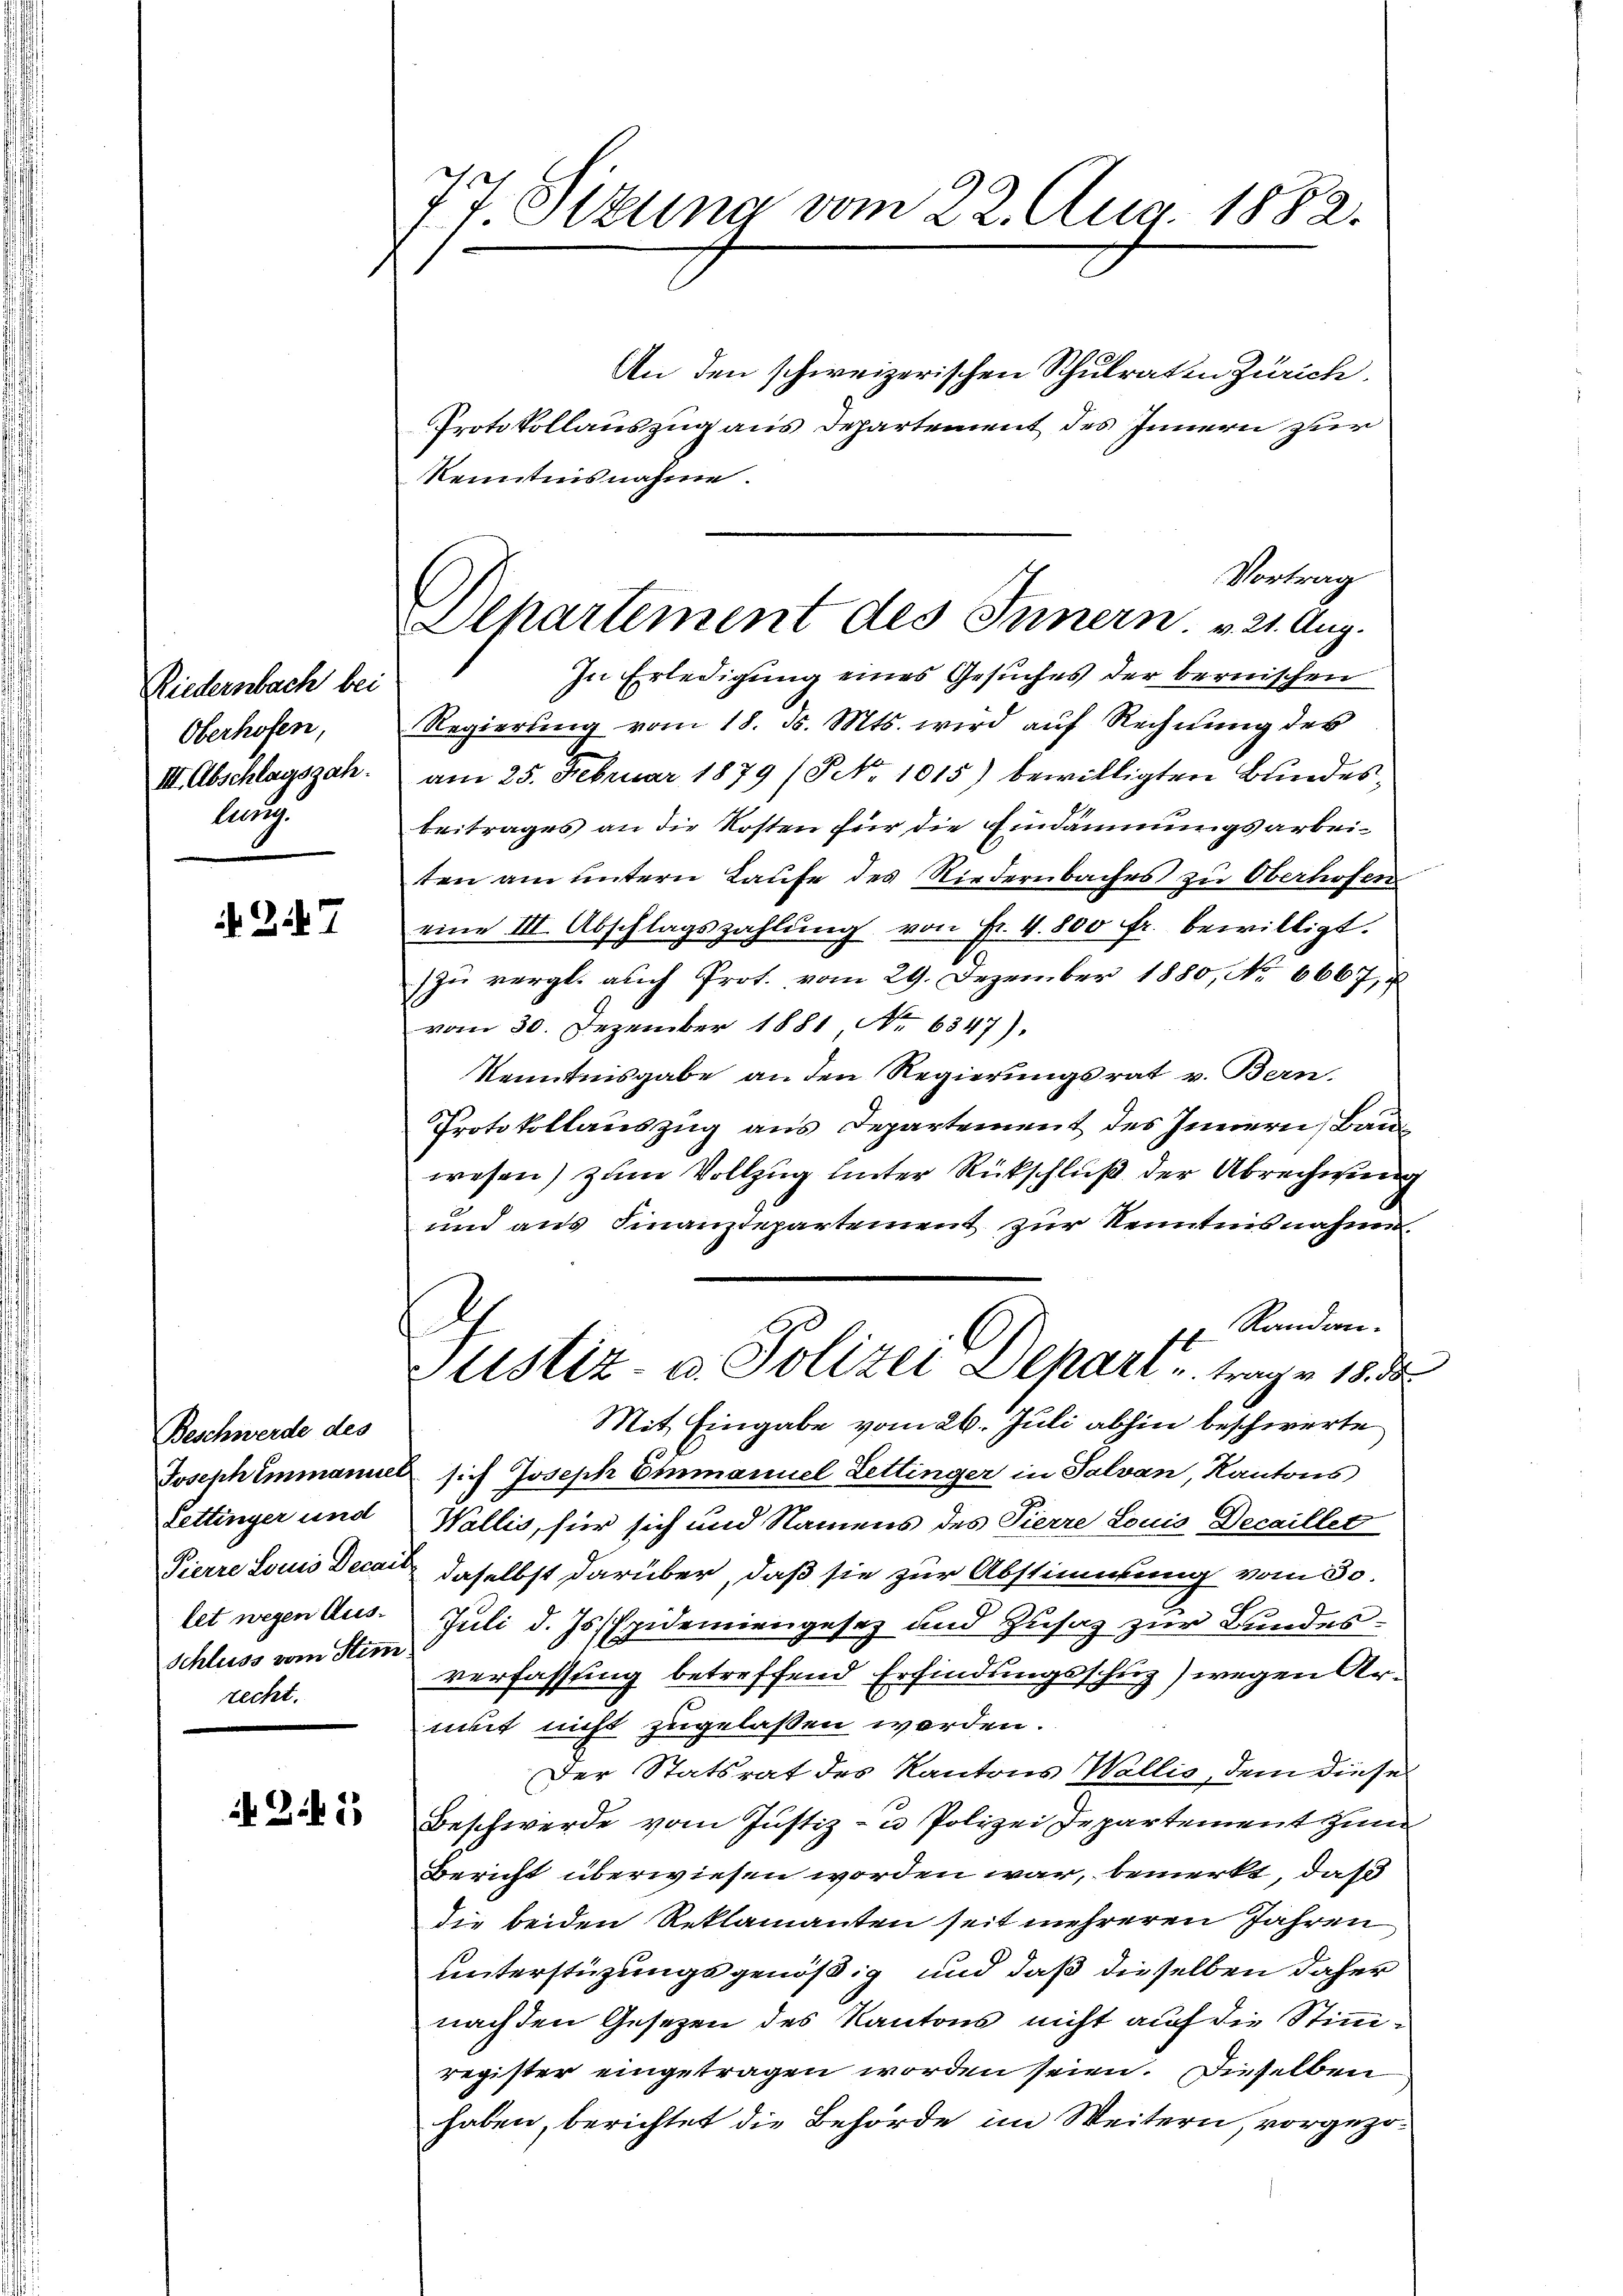
Riedernbach bei
Oberhofen,
III. Abschlagszah
leug

7

Beschwerde des
Lettinger und
Schluss vom Stimrecht.

N. Z. 1

77 Sizung vom 22. Aug. 1882.

An den schweizerischen Schulraten Zürich.
Protokollauszug aus Departement des Innern zur
Kenntnisnahme.
Vortrag
In Erledigung eines Gesuches der bernischen
Regierung vom 18. d. Mts. wird auf Rechnung des
am 25. Februar 1879 (NNo. 1015) bewilligten Bundesbeitrages an die Kosten für die Eindämmungsarbeiten am untern Laufe des Niedernbaches zu Oberhofen
eine III. Abschlagszahlŭng von Fr. 4. 800 fr. bewilligt.
zu vergl. auch Prot. vom 29. Dezember 1880, No 6667,
vom 30. Dezember 1881 No 6547).
Kenntnisgabe an den Regierungsrat v. Bern.
Protokollauszug aus Departement des Innern, Bauwesen) zum Vollzug hinter Rückschluß der Abrechnung
und aus Finanzdepartement zur Kenntnisnahme.
Randwei¬
Justiz- u. Polizei Depart, trage 18. d
Mit Eingabe vom 26. Juli abhin beschwerte
Josephenmanuel sich Joseph Einmanuel Lettinger in Salvan, Kantons
Wallis, für sich und Namens des Pierre Louis Decaillet
Pierre Louis Decan daselbst darüber, daß sie zur Abstimmung vom 30.
let wegen Aus- Juli d. Jssspidemiengesez und Zusatz zur Bundesverfassung betreffend Erfindungsschuz) wegen Armut nicht zugelassen werden.
Der Statsrat des Kantons Wallis, dem diese
Beschwerde vom Justiz- u Polizei Departement zum
Bericht überwiesen worden war, bemerkt, daß
die beiden Reklamanten seit mehreren Jahren
unterstüzungsgenößig und daß dieselben daher
nach den Gesetzen des Kantons nicht auf die Stimmregister eingetragen worden seien. Dieselben
haben, berichtet die Behörde im Weitern, vorgezo¬

Departement des Innern. 21. Aug.